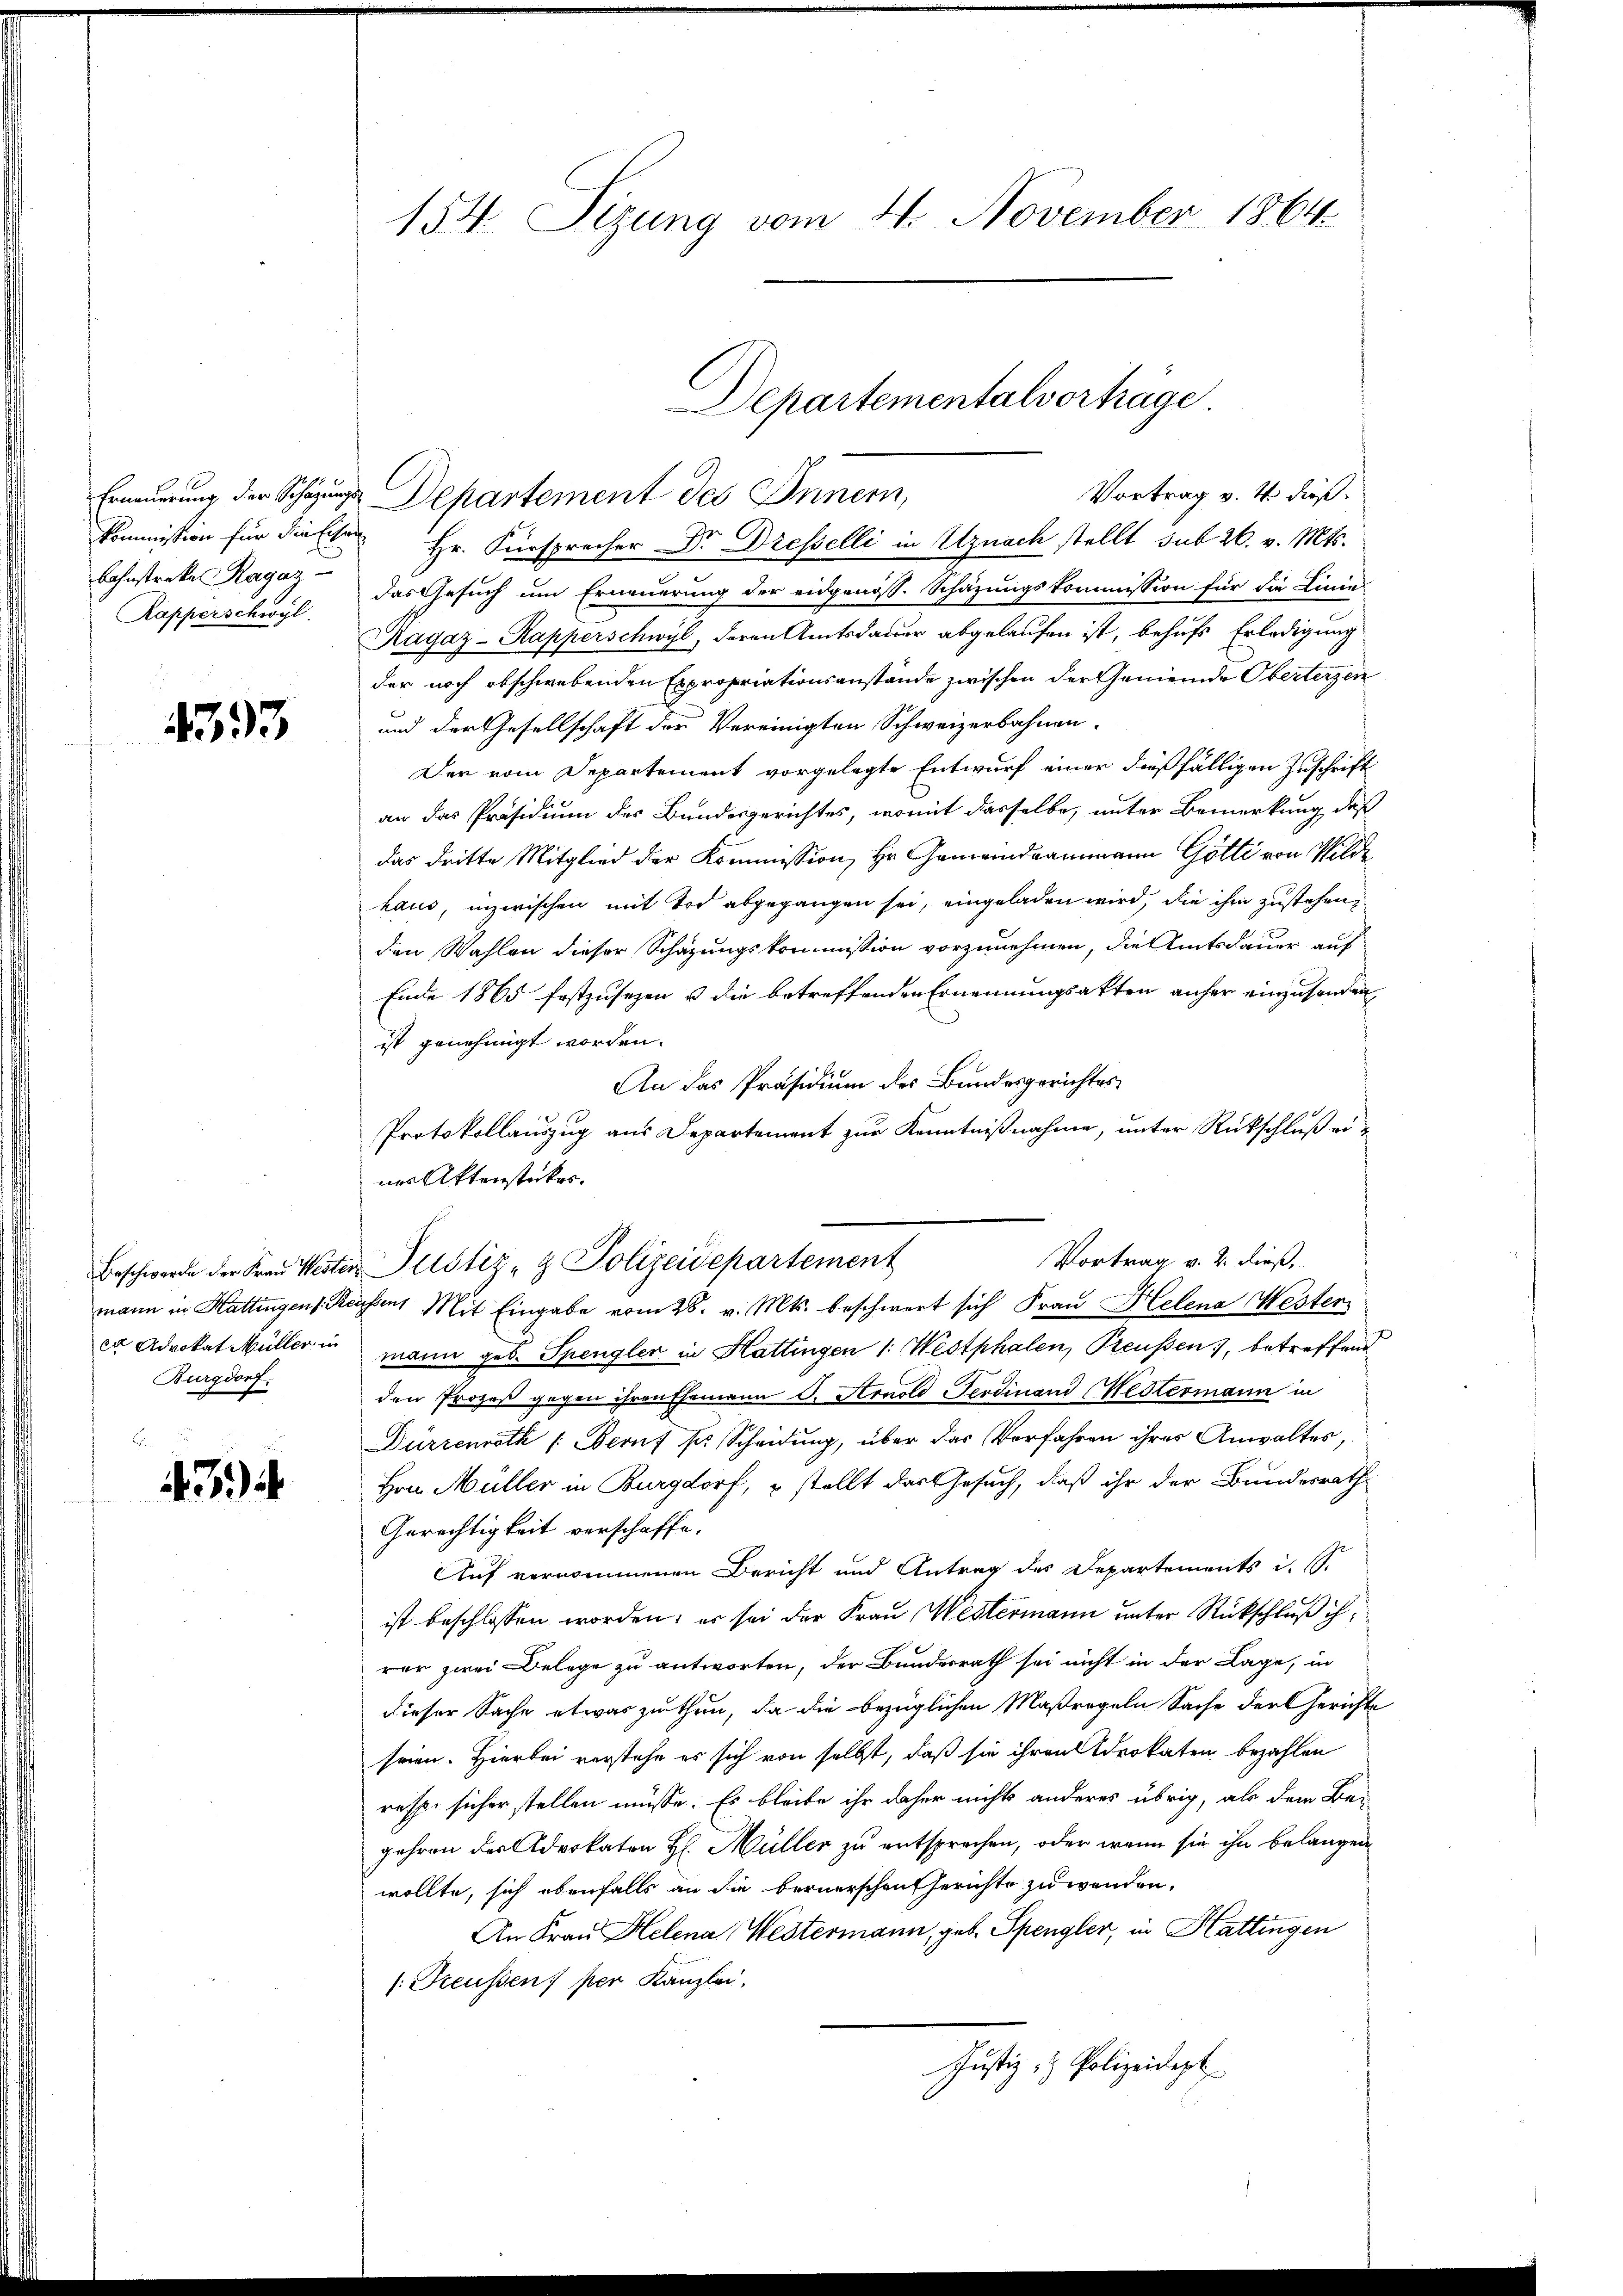
Rapperschwyl

433

er Advokat Müller in
Burgdorf.

434

154. Sizung vom 4. November 1864

Departementalvertrage.

Vortrag v. 4. dieß.
Erneuerung der Schazungs Departement des Innern,
Kommission für diese Hr. Fürsprecher Dr. Dresselli in Uznach stellt sub 26. v. Mts.
bahnstreke Ragaz das Gesuch um Erneuerung der eidgenöss. Schätzungskommission für die Linie
Ragaz-Rapperschwyl, deren Amtsdauer abgelaufen ist, behufs Erledigung
der noch obschwebenden Expropriationsanstände zwischen der Gemeinde Oberterzen
und der Gesellschaft der Vereinigten Schweizerbahnen.
Der vom Departement vorgelegte Entwurf einer dießfälligen Zuschrift
an das Präsidium des Bundesgerichtes, womit dasselbe, unter Bemerkung, daß
das dritte Mitglied der Kommission, Hr. Gemeindeammann Götti von Wildehaus, inzwischen mit Tod abgegangen sei, eingeladen wird, die ihm zustehen,
den Wahlen dieser Schazungskommission vorzunehmen, die Amtsdauer auf
Ende 1865 festzusehen u die betreffenden Ernennungsakten anher einzusenden
ist genehmigt worden.
An das Präsidium des Bundesgerichtes
Protokollauszug aus Departement zur Kenntnißnahme, unter Rückschluß eines Aktenstückes.
Beschwerde der Frau Wester Justiz- & Polizeidepartement
mann in Hattingen Reussen, Mit Eingabe vom 28. v. Mts. beschwert sich Frau Helena Westen
mann geb. Spengler in Hattingen 1. Westphalen, Preussen, betreffend
den Prozeß gegen ihren Ehemann S. Arnold Ferdinand Westermann in
Dürzenroth |: Beruf pr. Scheidung, über das Verfahren ihres Anwaltes,
Hrn. Müller in Burgdorf, & stellt das Gesuch, daß ihr der Bundesrath
Gerechtigkeit verschaffe.
AAuf vernommenen Bericht und Antrag des Departements i. S.
ist beschlossen worden; er sei der Frau Westermann unter Rückschluß ihrar zwei Belege zu antworten, der Bundesrath sei nicht in der Lage, in
dieser Sache etwas zuthun, da die bezüglichen Maßregeln Sache der Gerichte
seien. Hierbei verstehe es sich von selbst, daß sie ihren Brokaten bezahlen
resp. sicher stellen müsse. Es bleibe ihr daher nichts anderes übrig, als dem Be-
gehren der Advokaten H. Müller zu entsprechen, oder wenn sie ihn belangen
wollte, sich ebenfalls an die bernerschen Gerichte zu wenden.
An Frau Helena Westermann, geb. Spengler, in Hattingen
1: Freussen, per Kanzlei,
Justiz- & Polizeidept

Vortrag v. 2. dieß,